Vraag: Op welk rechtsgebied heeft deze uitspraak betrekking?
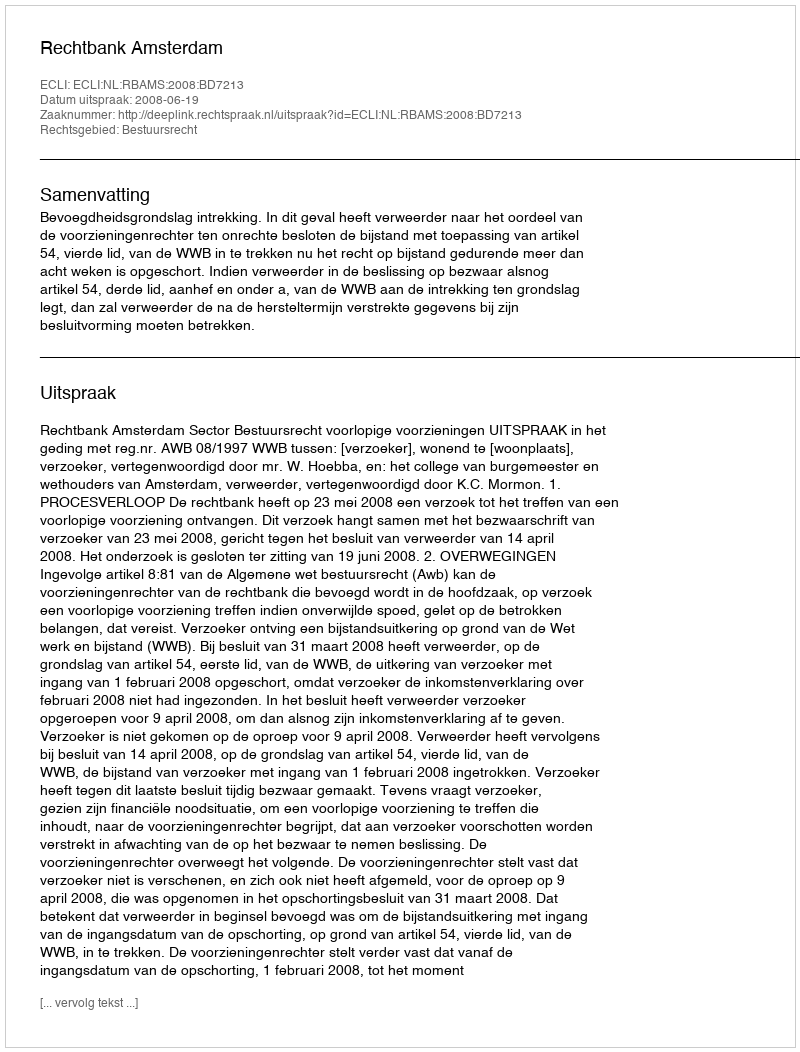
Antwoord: Bestuursrecht